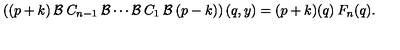
\left( ( p + k ) \: { \cal { B } } \: C _ { n - 1 } \: { \cal { B } } \cdots { \cal { B } } \: C _ { 1 } \: { \cal { B } } \: ( p - k ) \right) ( q , y ) = ( p + k ) ( q ) \: F _ { n } ( q ) .